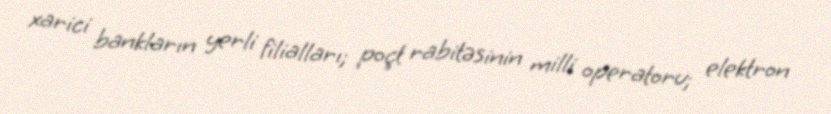
xarici bankların yerli filialları; poçt rabitəsinin milli operatoru; elektron